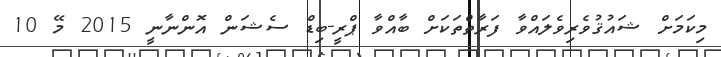
މިކަމަށް ޝައުޤުވެރިވެލައްވާ ފަރާތްތަކަށް ބާއްވާ ޕްރީ-ބިޑް ސެޝަން އޮންނާނީ 2015 މޭ 10